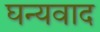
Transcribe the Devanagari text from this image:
घन्यवाद